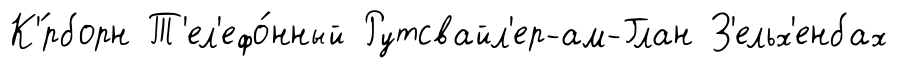
К'́рборн Т'ел'ефо́нный Рутсвайл'ер-ам-Глан З'ельх'енбах